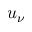
u _ { \nu }